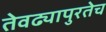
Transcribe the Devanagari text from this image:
तेवढ्यापुरतेच